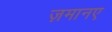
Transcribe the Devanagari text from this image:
ज़मानए